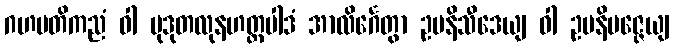
ဂဟပတိကညံ ဝါ မုဒုတလုနဟတ္ထပါဒံ အာလိင်္ဂေတွာ ဥပနိသီဒေယျ ဝါ ဥပနိပဇ္ဇေယျ